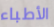
الأطباء